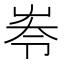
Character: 𡴔